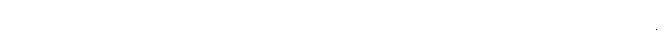
ပရိစာရာ၊ ကျင်လည်ကုန်သော။ ယေဣဿယော၊ အကြင်ရသေ့တို့သည်။ သန္တိ၊